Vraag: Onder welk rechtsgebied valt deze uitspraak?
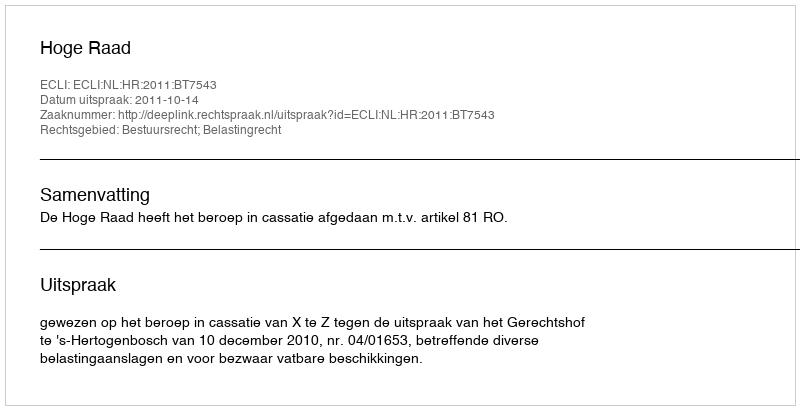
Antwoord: Bestuursrecht; Belastingrecht